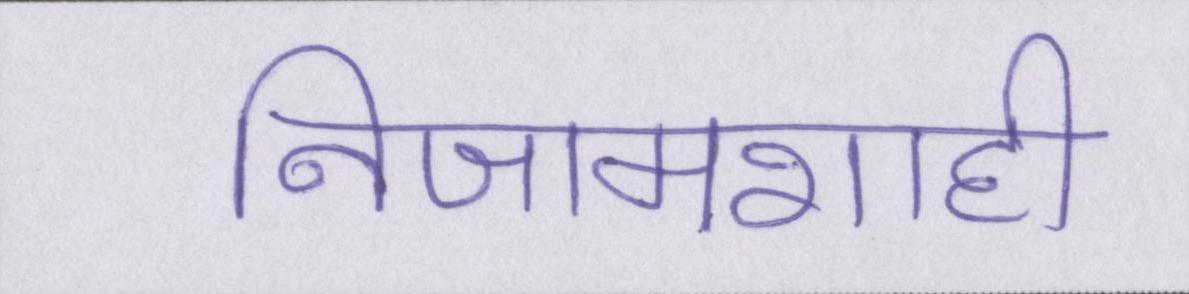
निजामशाही